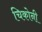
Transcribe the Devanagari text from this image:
चिकोनी